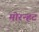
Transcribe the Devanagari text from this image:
मोरन्हट